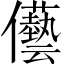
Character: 𠑢